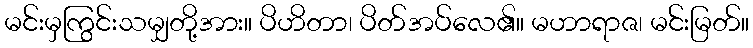
မင်းမှကြွင်းသမျှတို့အား။ ပိဟိတာ၊ ပိတ်အပ်လေ၏။ မဟာရာဇ၊ မင်းမြတ်။